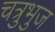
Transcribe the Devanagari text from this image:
चत्रुभुज